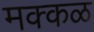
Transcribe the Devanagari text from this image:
मक्कळ